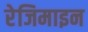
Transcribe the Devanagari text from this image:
रेजिमाइन